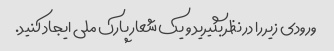
ورودی زیر را در نظر بگیرید و یک شعار پارک ملی ایجاد کنید.